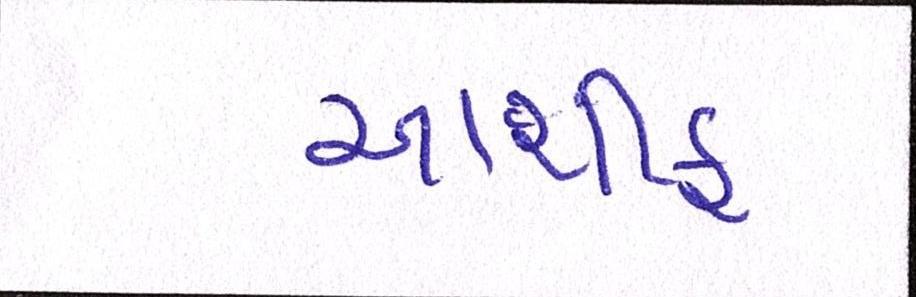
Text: આશીફ